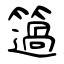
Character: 簻